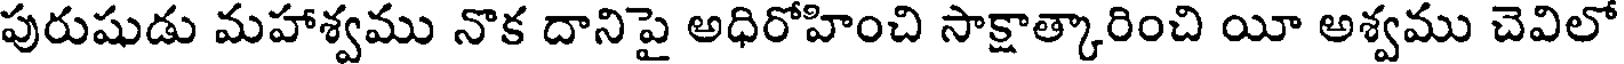
పురుషుడు మహాశ్వము నొక దానిపై అధిరోహించి సాక్షాత్కారించి యీ అశ్వము చెవిలో